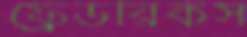
ফ্রেডরিকস